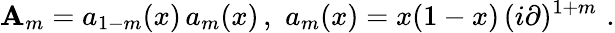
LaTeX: \mathbf{A}_{m}=a_{1-m}(x)\, a_{m}(x)\, ,\, \, a_{m}(x)=x(1-x)\, (i\partial)^{1+m}\, \, .